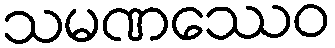
သမဏဿေဝ